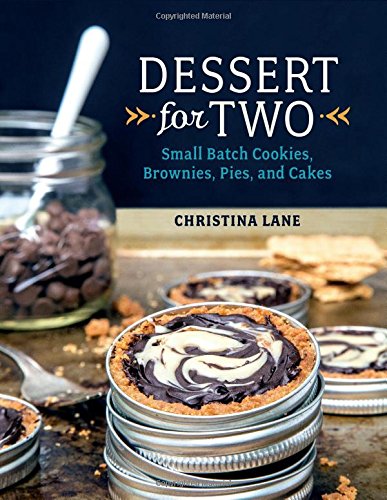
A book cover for Dessert For Two: Small Batch Cookies, Brownies, Pies, and Cakes; Christina Lane; Cookbooks, Food & Wine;